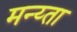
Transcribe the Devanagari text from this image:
मन्य्ता